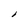
Character: i